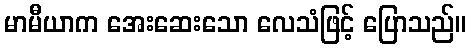
မာမီယာက အေးဆေးသော လေသံဖြင့် ပြောသည်။